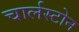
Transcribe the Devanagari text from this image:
चार्लस्टोन